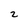
Character: 2